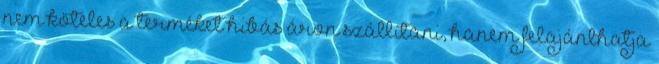
nem köteles a terméket hibás áron szállítani, hanem felajánlhatja